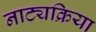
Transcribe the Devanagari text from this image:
नाट्यक्रिया